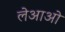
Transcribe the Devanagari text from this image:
लेआओ